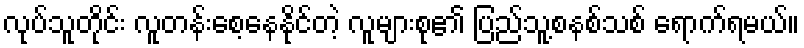
လုပ်သူတိုင်း လူတန်းစေ့နေနိုင်တဲ့ လူများစု၏ ပြည်သူ့စနစ်သစ် ရောက်ရမယ်။